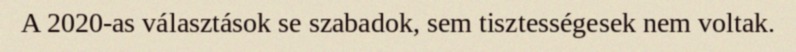
A 2020-as választások se szabadok, sem tisztességesek nem voltak.